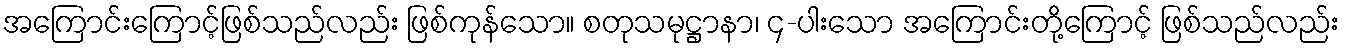
အကြောင်းကြောင့်ဖြစ်သည်လည်း ဖြစ်ကုန်သော။ စတုသမုဋ္ဌာနာ၊ ၄-ပါးသော အကြောင်းတို့ကြောင့် ဖြစ်သည်လည်း